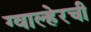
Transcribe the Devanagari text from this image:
ग्वाल्हेरची